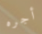
أجره